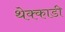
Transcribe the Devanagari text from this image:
थेक्काडी